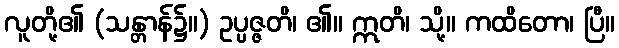
လူတို့၏ (သန္တာန်၌။) ဥပ္ပဇ္ဇတိ၊ ၏။ ဣတိ၊ သို့။ ကထိတော၊ ပြီ။